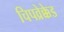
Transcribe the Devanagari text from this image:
चिपव्रेक्केड